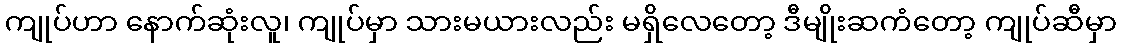
ကျုပ်ဟာ နောက်ဆုံးလူ၊ ကျုပ်မှာ သားမယားလည်း မရှိလေတော့ ဒီမျိုးဆကံတော့ ကျုပ်ဆီမှာ